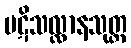
ပဋိသလ္လာနသုတ္တ